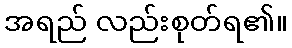
အရည် လည်းစုတ်ရ၏။